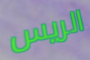
الريس